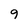
Character: 9